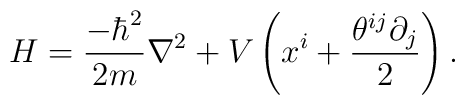
H=\frac{-\hbar^{2}}{2m}\nabla^{2}+V\left(  x^{i}+\frac{\theta^{ij}\partial_{j}}{2}\right)  .